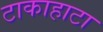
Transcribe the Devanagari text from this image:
टाकाहाटा